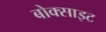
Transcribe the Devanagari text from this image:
बोक्साइट